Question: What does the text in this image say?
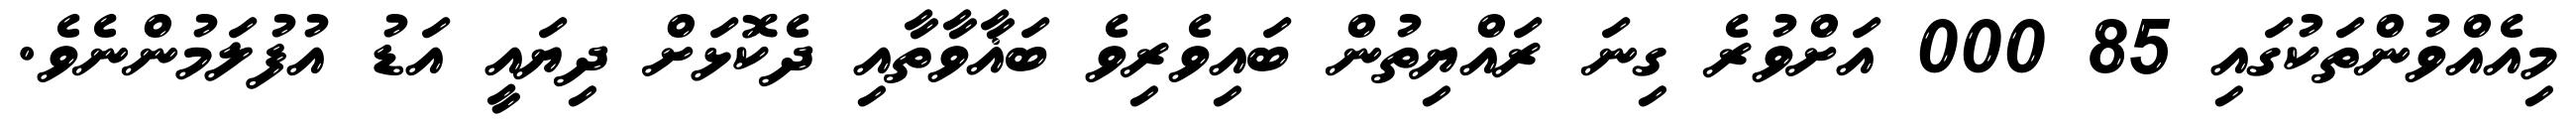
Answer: މިއެއްވުންތަކުގައި 85 000 އަށްވުރެ ގިނަ ރައްޔިތުން ބައިވެރިވެ ބަޣާވާތާއި ދެކޮޅަށް ދިޔައީ އަޑު އުފުލަމުންނެވެ.